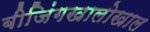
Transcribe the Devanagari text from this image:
बीजिंगखालोखाल